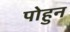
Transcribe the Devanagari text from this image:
पोहुन